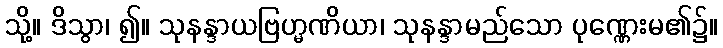
သို့။ ဒိသွာ၊ ၍။ သုနန္ဒာယဗြဟ္မဏိယာ၊ သုနန္ဒာမည်သော ပုဏ္ဏေးမ၏၌။